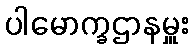
ပါမောက္ခဌာနမှူး